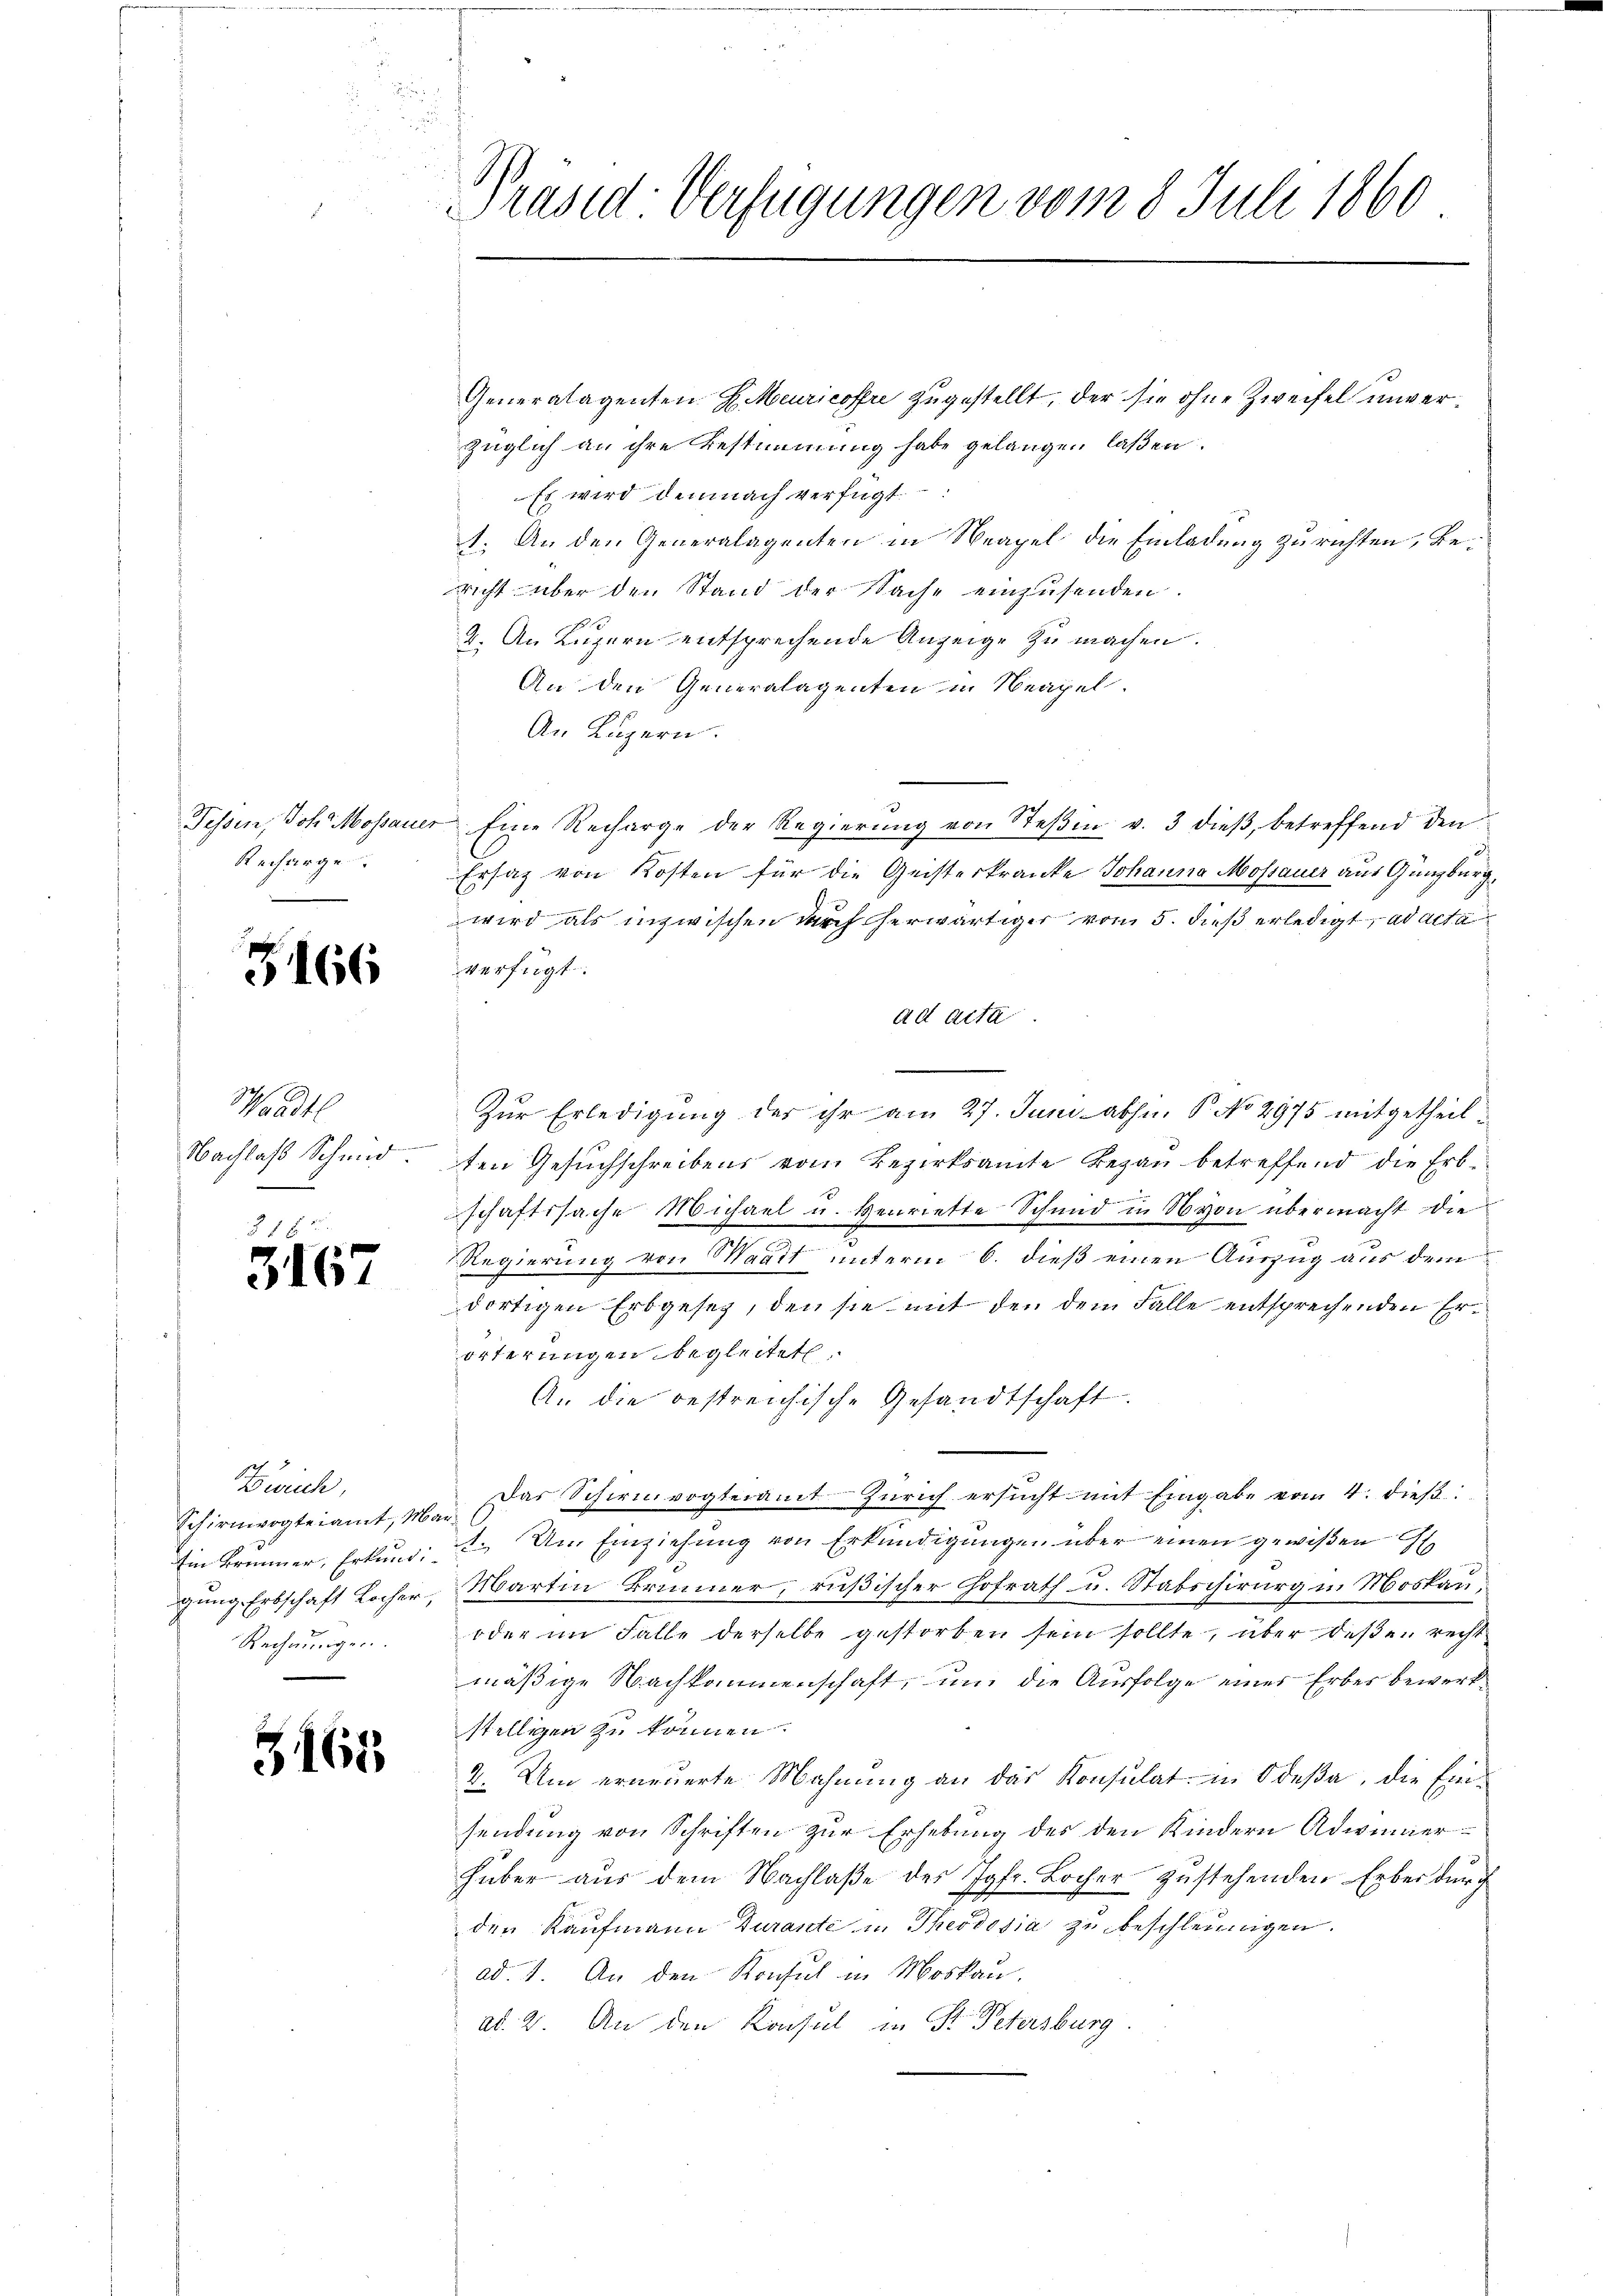
Recharge.

3166

Waadt
Nachlaß Schmid.
8

5167

Zwisch,
Schirnwogteiamt, Mar¬
Rechnungen.

3165

b
Präsid-Verfügungen vom 8. Juli 1860

Generalagenten H. Meuricoffre zugestellt, der sie ohne Zweifel unverzüglich an ihre Bestimmung habe gelangen laßen.
Es wird demnach verfügt:
1. An den Generalagenten in Neapel die Einladung zu richten, Bericht über den Stand der Sache einzŭsenden.
2. An Luzern entsprechende Anzeige zu machen.
An den Generalagenten in Neapel.
An Luzern.
Tessin, Joh. Mossauer Eine Recharge der Regierŭng von Steβin v. 3 dieβ, betreffend den
Ersatz von Kosten für die Geisterkranke Johanna Mossauer aus Gunzburg,
wird als inzwischen durch herwärtiger vom 5. dieß erledigt, ad acta
verfügt:
ad acta

Zur Erledigung der ihr am 27. Juni abhin P. No 2975 mitgetheilg
ten Gesuchschreibens vom Bezirksamte Bezau betreffend die Erbschaftssache Michael u. verriette Schmid in von übermacht die
Regierung von Waadt unterm 6. dieß einen Auszug aus dem
dortigen Erbgeseg, den sie mit den dem Falle entsprechenden Erörterungen begleitet
An die bestreichische Gesandtschaft.
Das Schirmvogteiamt Zürich ersucht mit Eingabe vom 4. dieß:
Ein Brunner, Erkung: 2. Am Einziehung von Erkundigŭngen über einen gewißen
gung Erbschaft Locher, Martin Brunner, rußischer Hofrath u. Stabschirurg in Moskau¬
oder im Falle derselbe gestorben sein sollte, über deßen recht
mäßige Nachkommenschaft, um die Ausfolge eines Erbes bewerkstelligen zu können.
2. Um erneuerte Mahnŭng an das Konsulat in Odeβa, die Einsendung von Schriften zur Erhebung des den Kindern Adwinner-
Haber aus dem Nachlaße der Jgfr. Bocher zustehenden Erber durch
der Kaufmann Turante in Theodosia zu beschleunigen.
ad. 1. An den Konsul in Moskau,
ad. 2. An den Konsul in P. Petersburg.